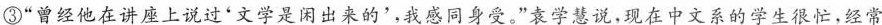
③”曾经他在讲座上说过'文学是闲出来的'，我感同身受。”袁学慧说，现在中文系的学生很忙，经常